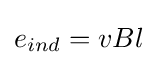
{e}_{ind}=vBl